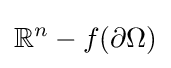
\mathbb {R} ^{n}-f(\partial \Omega )